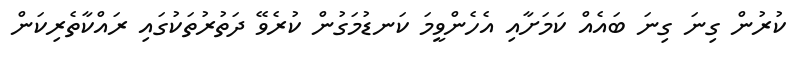
ކުރުން ގިނަ ގިނަ ބައެއް ކަމަށާއި އެހެންވީމަ ކަނޑުމަގުން ކުރެވޭ ދަތުރުތަކުގައި ރައްކާތެރިކަން